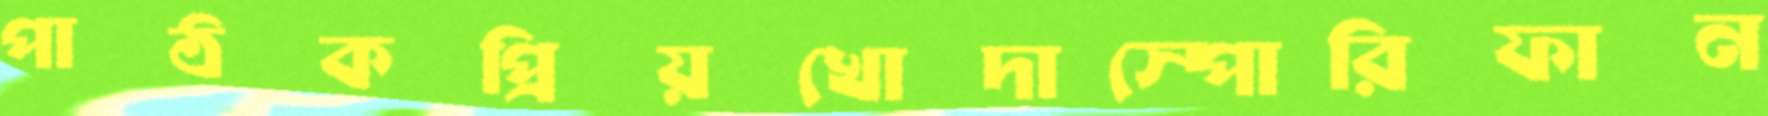
পাঠকপ্রিয়খোদাস্পোরিফান